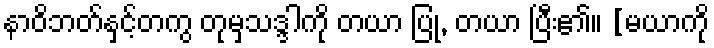
နာဝိဘတ်နှင့်တကွ တုမှသဒ္ဒါကို တယာ ပြု, တယာ ပြီး၏။ [မယာကို